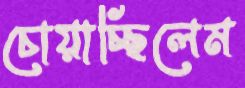
চোয়াচ্ছিলেম